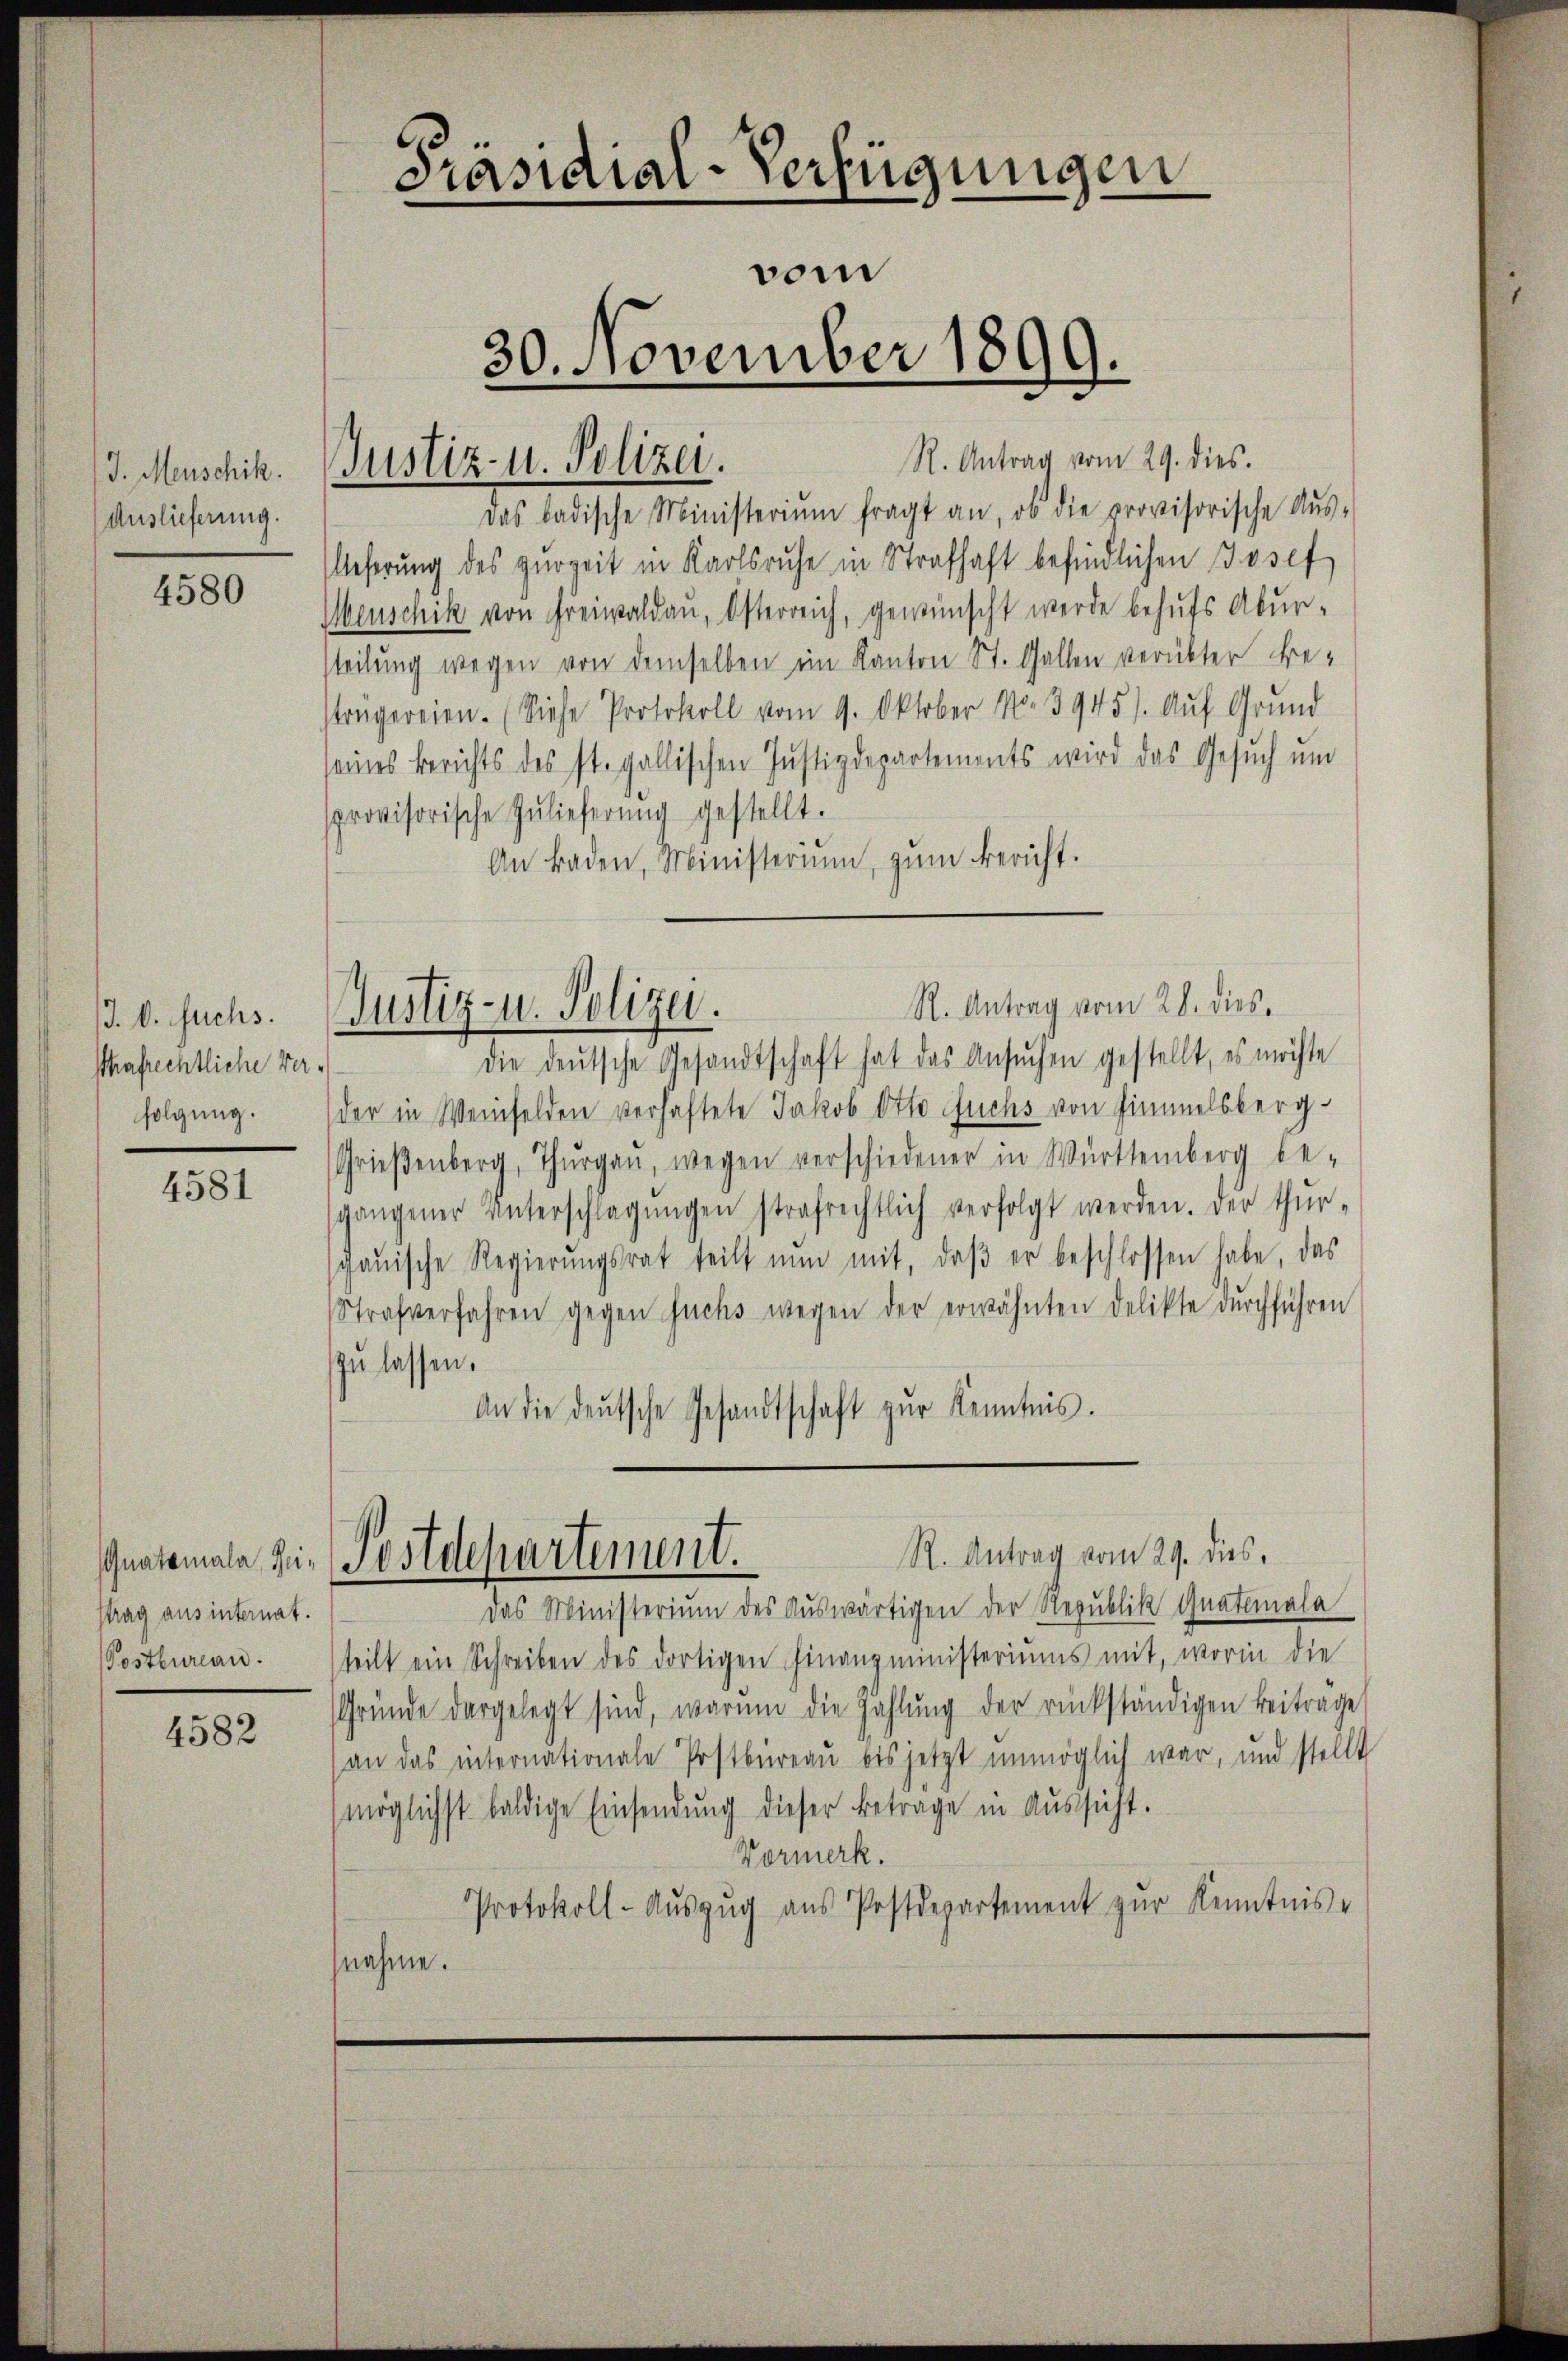
J. Menschik.
Auslieferung.

4580

J. V. suchs.
Phafrechtliche Verfolgung.

4581

strag aus internat.
Postbureau.

4582

R. Antrag vom 29. dies.
das badische Ministerium fragt an, ob die provisorische Aŭs-
eferung des zurzeit in Karlsruhe in Strafhaft befindlichen Josef
Menschik von Freiwaldau, Osterreich, gewünscht werde behufs Abur-
tteilung wegen von demselben im Kanton St. Gallen verübter Be-
strägereien. (Siehe Protokoll vom 9. Oktober No. 3945). Aŭf Grund
seines Berichts des st. gallischen Justizdepartements wird das Gesuch und
sprovisorische Zŭlieferung gestellt.
An Baden, Ministerium, zum Bericht.

Präsidial-Verfügungen
vom
30. November 1899.

Justiz- u. Polizei.

R. Antrag vom 28. dies
Justiz- u. Polizei.

die deŭtsche Gesandtschaft hat das Ansŭchen gestellt, es möchte
der in Weinfelden verhaftete Jakob Otto Fuchs von Zimmelsberg-
Grieβenberg, Thŭrgaŭ, wegen verschiedener in Württemberg be-
sgangener Unterschlagungen strafrechtlich verfolgt werden. Der thur-
gaŭische Regierŭngsrat teilt nun mit, daβ er beschlossen habe, das
Strafverfahren gegen suchs wegen der erwähnten Delikte dŭrchführen
zu lassen.
An die deŭtsche Gesandtschaft zŭr Kenntnis.

R. Antrag vom 29. dies
natomale zu. (Postdepartement.

Das Ministerium des Auswärtigen der Republik Quatomala
teilt ein Schreiben des dortigen Finanzministeriums mit, worin die
Gründe dargelegt sind, warum die Zahlŭng der rückständigen Beiträge
(an das internationale Postbüreau bis jetzt unmöglich war, und stellt
möglichst baldige Einsendŭng dieser Betrage in Aŭssicht.
Vormerk.
Protokoll-Auszug aus Postdepartement zur Kenntnis-
nahme.